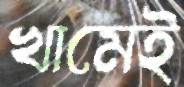
খামেই